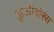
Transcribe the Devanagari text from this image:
फ्रूजीवोरस